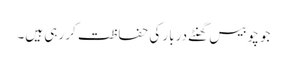
جو چوبیس گھنٹے دربار کی حفاظت کر رہی ہیں۔